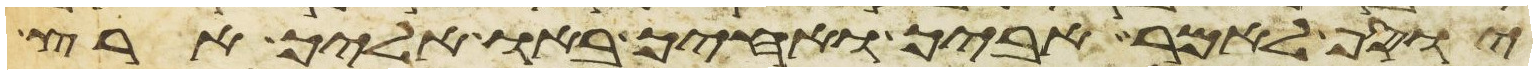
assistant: יוסף לאמר אביך ואחיך באו אליך ארץ